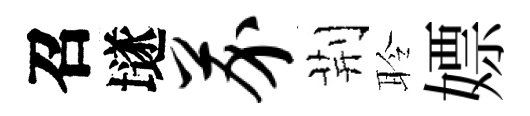
召𡑞芥荆聆嫖